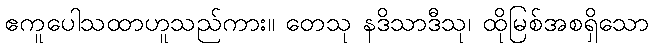
ဧကူပေါသထာဟူသည်ကား။ တေသု နဒိသာဒီသု၊ ထိုမြစ်အစရှိသော